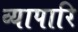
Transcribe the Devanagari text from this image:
व्यापारि